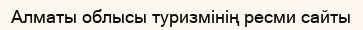
Алматы облысы туризмінің ресми сайты